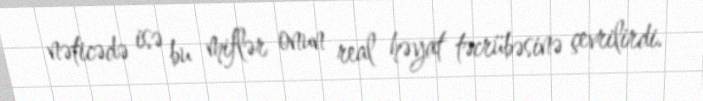
nəticədə isə bu miflər onun real həyat təcrübəsinə çevrilirdi.